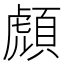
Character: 𲊰